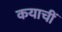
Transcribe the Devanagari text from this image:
कयाचीं